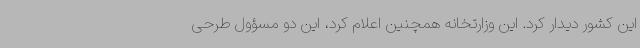
این کشور دیدار کرد. این وزارتخانه همچنین اعلام کرد، این دو مسؤول طرحی